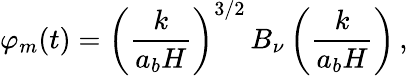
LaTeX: \varphi_{m}(t)=\left(\frac{k}{a_{b}H}\right)^{3/2}\, B_{\nu}\left(\frac{k}{a_{b}H}\right)\, ,